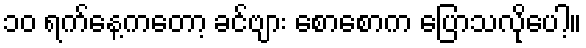
၁၀ ရက်နေ့ကတော့ ခင်ဗျား စောစောက ပြောသလိုပေါ့။